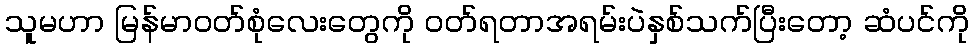
သူမဟာ မြန်မာ၀တ်စုံလေးတွေကို ၀တ်ရတာအရမ်းပဲနှစ်သက်ပြီးတော့ ဆံပင်ကို